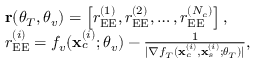
\begin{array} { r l } & { { \bf r } ( \boldsymbol { \theta } _ { T } , \boldsymbol { \theta } _ { v } ) = \left[ r _ { \mathrm { E E } } ^ { ( 1 ) } , r _ { \mathrm { E E } } ^ { ( 2 ) } , \dots , r _ { \mathrm { E E } } ^ { ( N _ { c } ) } \right] , } \\ & { r _ { \mathrm { E E } } ^ { ( i ) } = f _ { v } ( \mathbf { x } _ { c } ^ { ( i ) } ; \boldsymbol { \theta } _ { v } ) - \frac { 1 } { | \nabla f _ { T } ( \mathbf { x } _ { c } ^ { ( i ) } , \mathbf { x } _ { s } ^ { ( i ) } ; \boldsymbol { \theta } _ { T } ) | } , } \end{array}